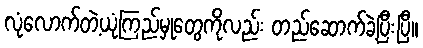
လုံလောက်တဲ့ယုံကြည်မှုတွေကိုလည်း တည်ဆောက်ခဲ့ပြီးပြီ။